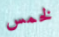
لخمس